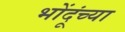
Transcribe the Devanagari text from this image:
भोंदूंच्या